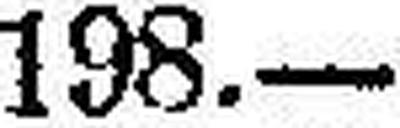
198.—